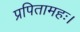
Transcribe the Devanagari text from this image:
प्रपितामहः।